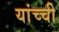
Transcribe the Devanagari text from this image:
यांच्ची